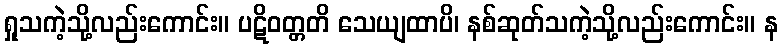
ရှုသကဲ့သို့လည်းကောင်း။ ပဋိဝတ္တတိ သေယျထာပိ၊ နစ်ဆုတ်သကဲ့သို့လည်းကောင်း။ န